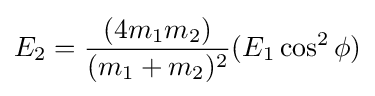
E_{2}={\frac {(4m_{1}m_{2})}{(m_{1}+m_{2})^{2}}}(E_{1}\cos ^{2}\phi )